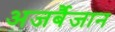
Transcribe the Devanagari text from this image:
अजर्बैजान